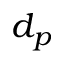
d _ { p }